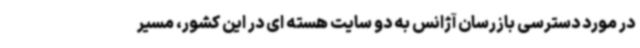
در مورد دسترسی بازرسان آژانس به دو سایت هسته ای در این کشور، مسیر